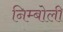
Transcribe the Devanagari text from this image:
निम्‍बोली